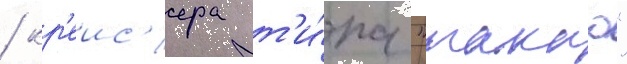
/ кр'еис'ера т'и́па "такао"